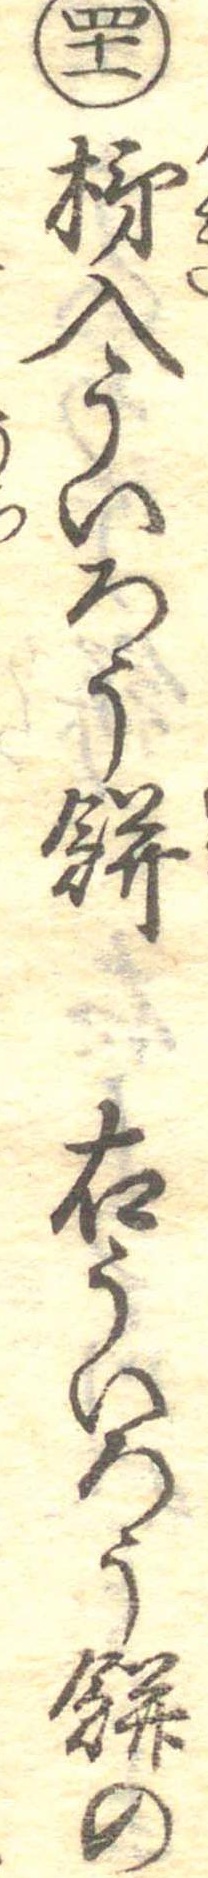
四十一柿入ういろう餅右ういろう餅の